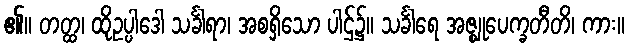
၏။ တတ္ထ၊ ထိုဥပ္ပါဒေါ သင်္ခါရာ၊ အစရှိသော ပါဌ်၌။ သင်္ခါရေ အဇ္ဈုပေက္ခတီတိ၊ ကား။